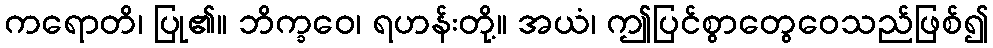
ကရောတိ၊ ပြု၏။ ဘိက္ခဝေ၊ ရဟန်းတို့။ အယံ၊ ဤပြင်စွာတွေဝေသည်ဖြစ်၍